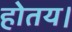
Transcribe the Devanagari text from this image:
होतय।